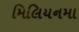
મિલિયનમા